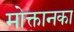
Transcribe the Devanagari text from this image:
मोक्तानका